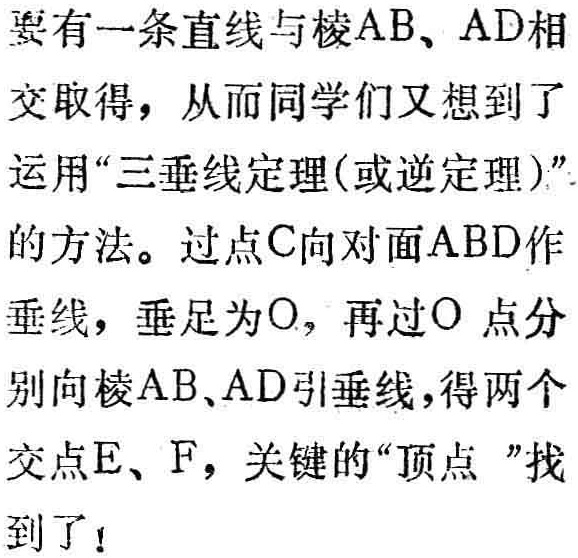
要有一条直线与棱\(AB\)、\(AD\)相

交取得，从而同学们又想到了

运用“三垂线定理(或逆定理)”

的方法。过点\(C\)向对面\(ABD\)作

垂线，垂足为\(O\)，再过\(O\)点分

别向棱\(AB\)、\(AD\)引垂线，得两个

交点\(E\)、\(F\)，关键的“顶点 ”找

到了！